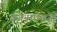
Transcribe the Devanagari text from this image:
वजनाऐवजी